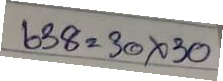
638 = 30x30